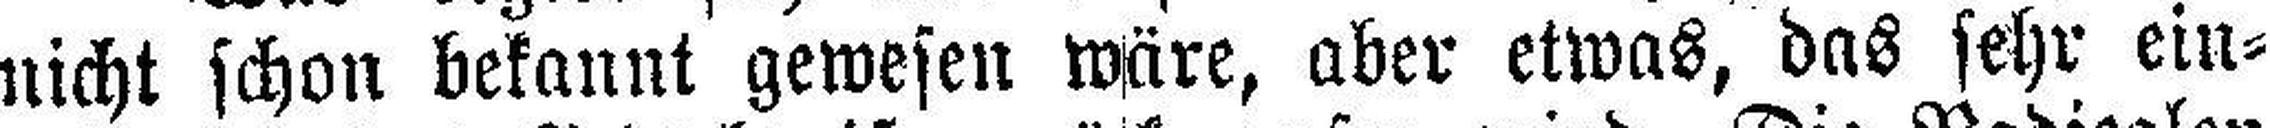
nicht schon bekannt gewesen wäre, aber etwas, das sehr ein¬